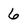
Character: 6